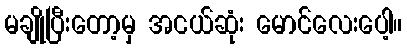
မချိုပြီးတော့မှ အငယ်ဆုံး မောင်လေးပေါ့။